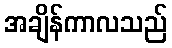
အချိန်ကာလသည်